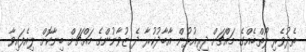
ތެދުވެރި ލޯތްބެއްގެ މައްޗަށް ދިރިއުޅުން އާބާދުކުރާ ދެ ޒުވާނުންގެ މައްޗަށް ބިނާކޮށް ލިއެފައިވާ